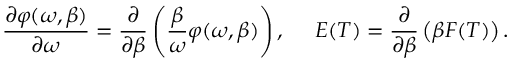
\frac { \partial \varphi ( \omega , \beta ) } { \partial \omega } = \frac { \partial } { \partial \beta } \left( \frac { \beta } { \omega } \varphi ( \omega , \beta ) \right) , ~ ~ ~ ~ E ( T ) = \frac { \partial } { \partial \beta } \left( \beta F ( T ) \right) .